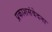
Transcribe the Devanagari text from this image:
प्रकाशसंवेदना